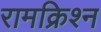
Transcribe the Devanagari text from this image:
रामक्रिश्न